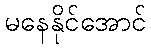
မနေနိုင်အောင်